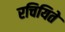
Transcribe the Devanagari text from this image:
रचियिते